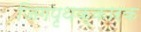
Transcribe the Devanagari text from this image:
जिगपृथक्कारक